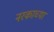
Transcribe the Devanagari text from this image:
नरकाच्या